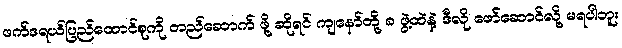
ဖက်ဒရယ်ပြည်ထောင်စုကို တည်ဆောက် ဖို့ ဆိုရင် ကျနော်တို့ ၈ ဖွဲ့ထဲနဲ့ ဒီလို ဖော်ဆောင်လို့ မရပါဘူး